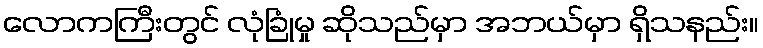
လောကကြီးတွင် လုံခြုံမှု ဆိုသည်မှာ အဘယ်မှာ ရှိသနည်း။